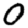
Digit: 0